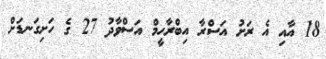
18 އާއި އެ ރަށު އަސްރާ އިބްރާހީމް އަސްވާދު 27 ގެ ހަށިގަނޑަށް